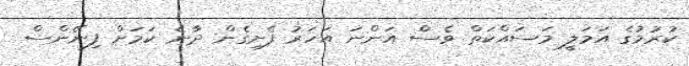
ކުރުމުގެ އަމަލީ މަސައްކަތް ވެސް އަންނަ އަހަރު ފެށިގެން ދާނެ ކަމަށް ފިނޭންސް